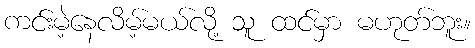
ကင်းမဲ့နေလိမ့်မယ်လို့ သူ ထင်မှာ မဟုတ်ဘူး။